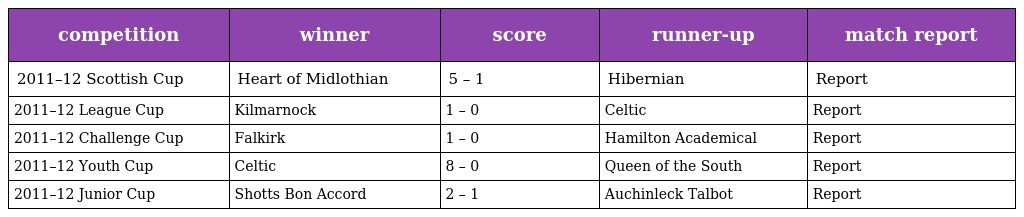
| competition | winner | score | runner-up | match report |
 | --- | --- | --- | --- | --- |
 | 2011–12 Scottish Cup | Heart of Midlothian | 5 – 1 | Hibernian | Report |
 | 2011–12 League Cup | Kilmarnock | 1 – 0 | Celtic | Report |
 | 2011–12 Challenge Cup | Falkirk | 1 – 0 | Hamilton Academical | Report |
 | 2011–12 Youth Cup | Celtic | 8 – 0 | Queen of the South | Report |
 | 2011–12 Junior Cup | Shotts Bon Accord | 2 – 1 | Auchinleck Talbot | Report |